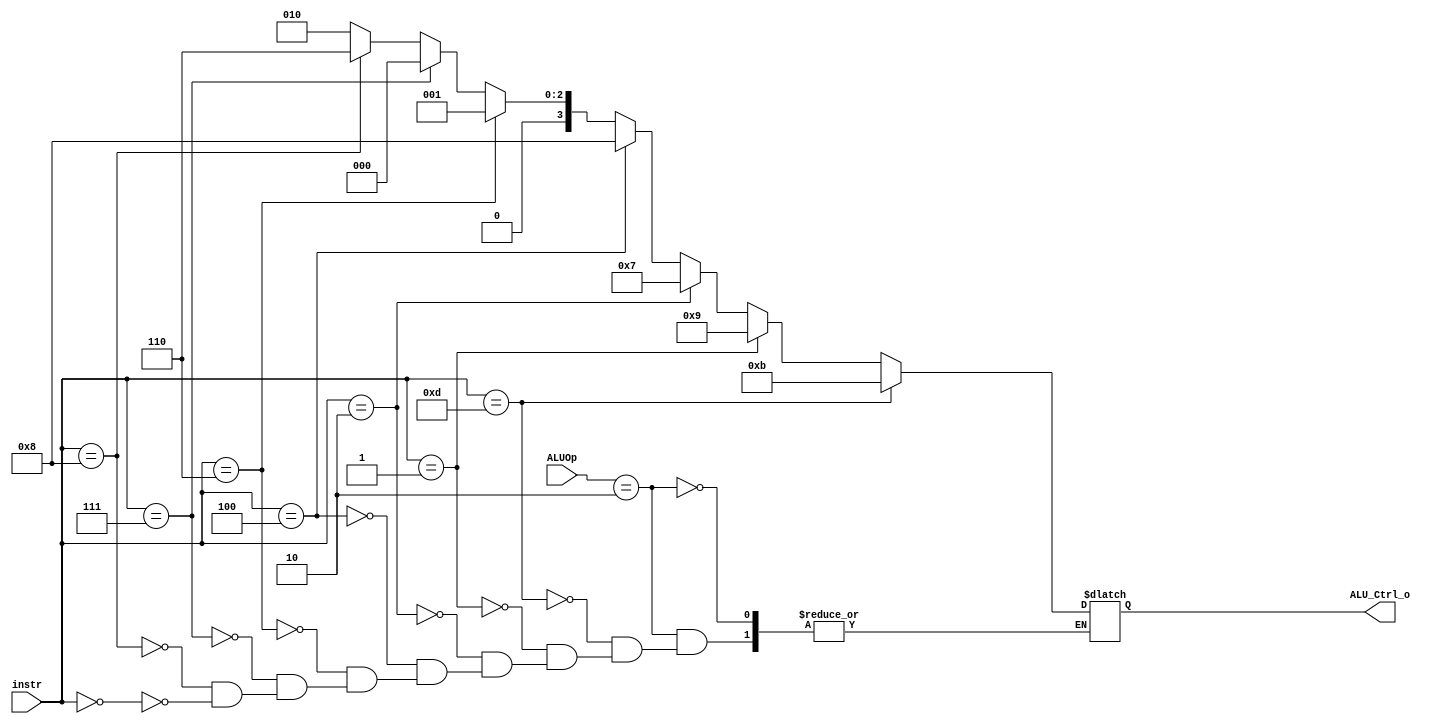
`timescale 1ns/1ps

module ALU_Ctrl(
	input		[4-1:0]	instr,
	input		[2-1:0]	ALUOp,
	output	reg [4-1:0] ALU_Ctrl_o
	);
	
/* Write your code HERE */
always@(*) begin
    if(ALUOp==2'b10)begin //R-type
        if(instr==4'b0000) ALU_Ctrl_o <= 4'b0010; //add
        if(instr==4'b1000) ALU_Ctrl_o <= 4'b0110; //sub
        if(instr==4'b0111) ALU_Ctrl_o <= 4'b0000; //and
        if(instr==4'b0110) ALU_Ctrl_o <= 4'b0001; //or
        if(instr==4'b0100) ALU_Ctrl_o <= 4'b1000; //xor
        if(instr==4'b0010) ALU_Ctrl_o <= 4'b0111; //slt
        if(instr==4'b0001) ALU_Ctrl_o <= 4'b1001; //sll
        if(instr==4'b1101) ALU_Ctrl_o <= 4'b1011; //sra
    end
end
endmodule